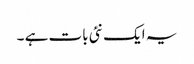
یہ ایک نئی بات ہے ۔